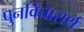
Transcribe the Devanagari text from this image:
पुनर्विचारार्थ